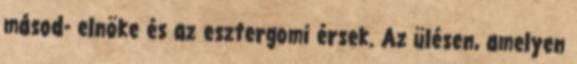
másod- elnöke és az esztergomi érsek. Az ülésen, amelyen